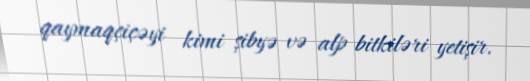
qaymaqçiçəyi kimi şibyə və alp bitkiləri yetişir.